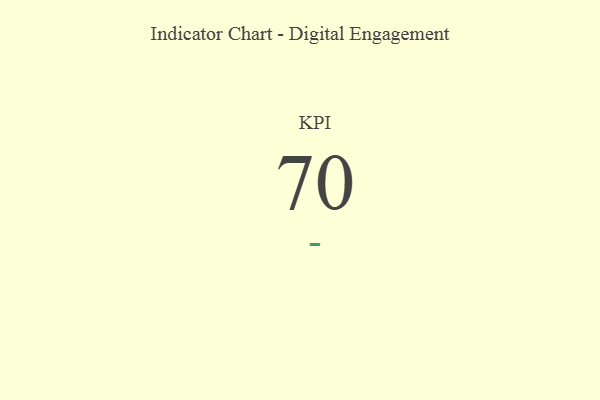
{"axis": {"x": "KPI", "y": "Value"}, "legend": [""], "data": [{"x": "KPI", "y": 70, "type": ""}]}